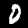
Digit: 0